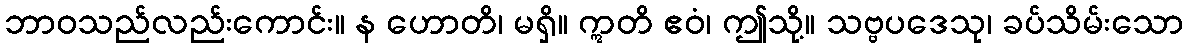
ဘာဝသည်လည်းကောင်း။ န ဟောတိ၊ မရှိ။ ဣတိ ဧဝံ၊ ဤသို့။ သဗ္ဗပဒေသု၊ ခပ်သိမ်းသော